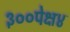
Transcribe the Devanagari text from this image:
३००पेक्ष४